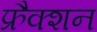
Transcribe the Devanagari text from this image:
फ्रैक्शन